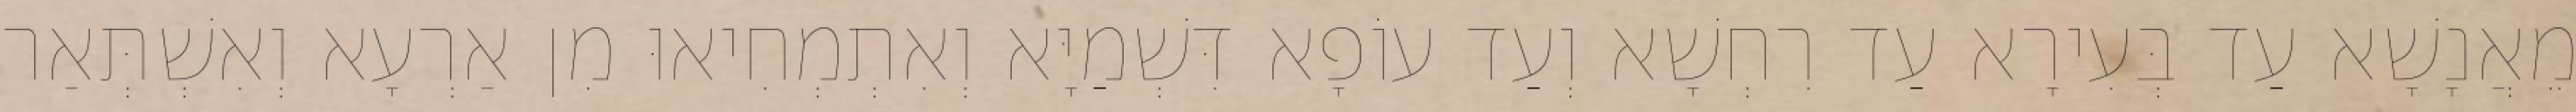
מֵאֲנָשָׁא עַד בְּעִירָא עַד רִחְשָׁא וְעַד עוֹפָא דִּשְׁמַיָּא וְאִתְמְחִיאוּ מִן אַרְעָא וְאִשְׁתְּאַר